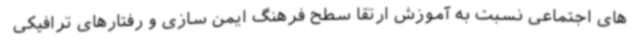
های اجتماعی نسبت به آموزش ارتقا سطح فرهنگ ایمن سازی و رفتارهای ترافیکی